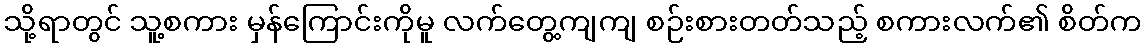
သို့ရာတွင် သူ့စကား မှန်ကြောင်းကိုမူ လက်တွေ့ကျကျ စဉ်းစားတတ်သည့် စကားလက်၏ စိတ်က